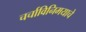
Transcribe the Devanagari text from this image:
चर्चाविनिमयाचे